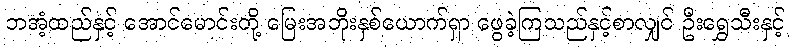
ဘအံ့ထည်နှင့် အောင်မောင်းတို့ မြေးအဘိုးနှစ်ယောက်ရှာ ဖွေခဲ့ကြသည်နှင့်စာလျှင် ဦးရွှေသီးနှင့်